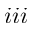
i i i